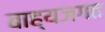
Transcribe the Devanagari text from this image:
बाह्यजगत